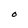
Character: O